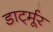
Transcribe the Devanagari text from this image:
डार्ट्मूर